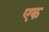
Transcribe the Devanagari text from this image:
एक